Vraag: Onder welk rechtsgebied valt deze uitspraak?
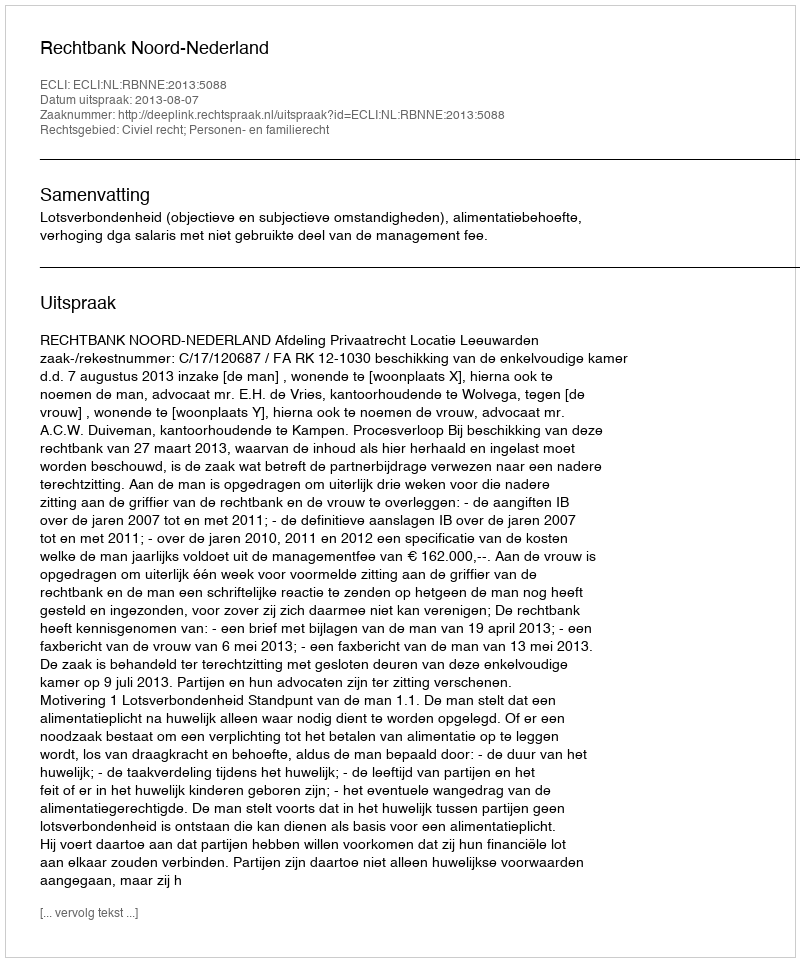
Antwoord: Civiel recht; Personen- en familierecht